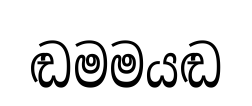
ඬමමයඬ